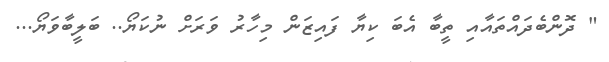
" ދޮންބެދައްތައާއި ތީބާ އެބަ ކިޔާ ފައިޒަން މިހާރު ވަރަށް ނުކަޔޯ.. ބަލީބާވަޔޯ...